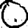
Digit: 0